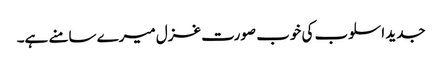
جدید اسلوب کی خوب صورت غزل میرے سامنے ہے۔